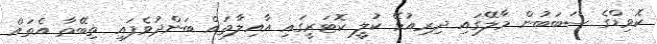
ކޮވިޑްގެ ސަބަބުން މާލޭގަައި ދިރިއުޅޭ ކުލީ ކޮޓަރީގައި އާއިލާތައް ބަންދުވެފައި ތިބޭތާ އެތައް